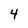
Character: 4